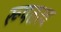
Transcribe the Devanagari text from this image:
रूपतत्व